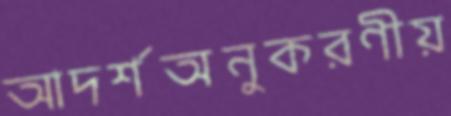
আদর্শঅনুকরণীয়